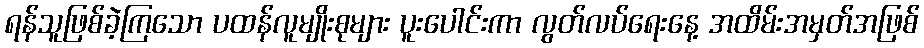
ရန်သူဖြစ်ခဲ့ကြသော ပထန်လူမျိုးစုများ ပူးပေါင်းကာ လွတ်လပ်ရေးနေ့ အထိမ်းအမှတ်အဖြစ်